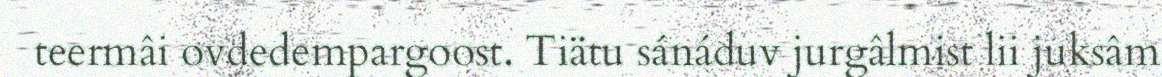
teermâi ovdedempargoost. Tiätu sánáduv jurgâlmist lii juksâm